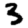
Digit: 3